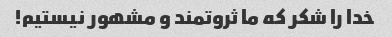
خدا را شکر که ما ثروتمند و مشهور نیستیم!